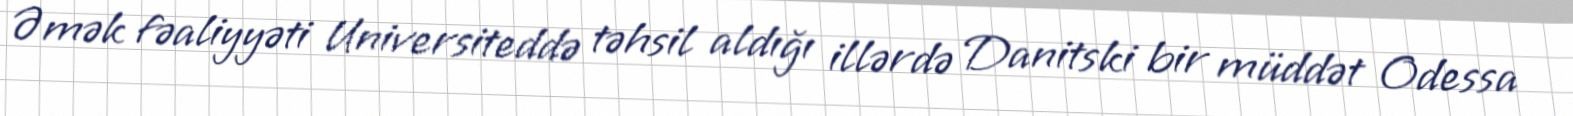
Əmək fəaliyyəti Universiteddə təhsil aldığı illərdə Danitski bir müddət Odessa